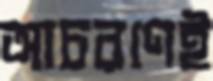
আচরণেই